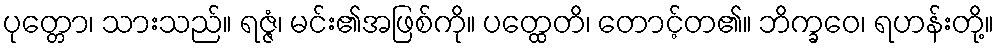
ပုတ္တော၊ သားသည်။ ရဇ္ဇံ၊ မင်း၏အဖြစ်ကို။ ပတ္ထေတိ၊ တောင့်တ၏။ ဘိက္ခဝေ၊ ရဟန်းတို့။